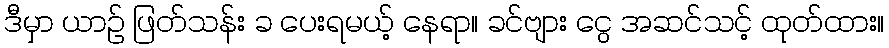
ဒီမှာ ယာဉ် ဖြတ်သန်း ခ ပေးရမယ့် နေရာ။ ခင်ဗျား ငွေ အဆင်သင့် ထုတ်ထား။